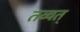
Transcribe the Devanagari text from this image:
तव्यत्